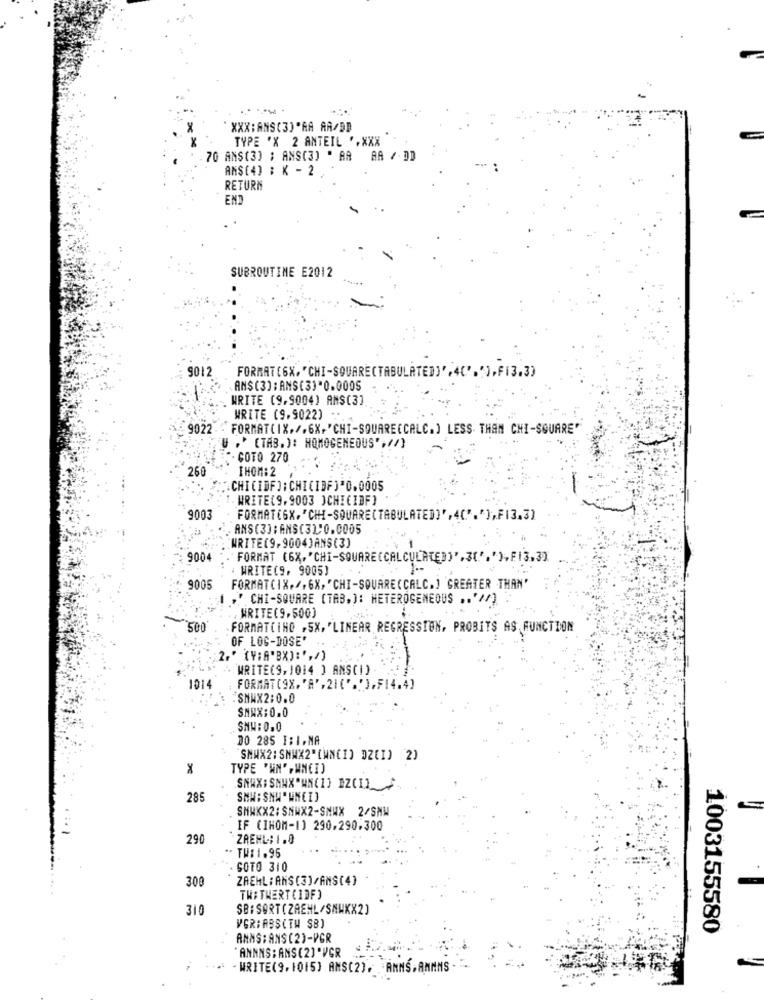
XXX:ANS(3)"AA AA/DD
TYPE "X 2 ANTEIL ".XXX
70 ANS(3) ; ANS(3) " AA AA / DD
ANS[4] ; K - 2
RETURN
END
SUBROUTINE E2012
9012
FORMAT(6X, "CHI-SQUARE(TABULATED)',4C'.'),F13.3)
ANS(3);ANS(3)"0.0005
WRITE (9,9004) ANS(3]
WRITE (9,9022) -.
9022 FORMAT(IX./.6X, 'CHI-SQUARE(CALC.) LESS THAN CHI-SQUARE"
" ." (TAB.): HOMOGENEOUS' , 4/)
GOTO 270
260
IHOM: 2
CHICIDF]:CHICIDF)"0.0005
1. WRITE(9,9003 )CHICIDF]
9003
FORMAT(GX. "CHI-SQUARE(TABULATED]', 4(".'),F13.3]
ANS(3]: ANS(31)0.0005
WRITE(9.9004)ANS(3)
9004
WRITE(9, 9005]
9005
FORMATCIX./, 6X, "CHI-SQUARE(CALC.] GREATER THAN'
." CHI-SQUARE (TAB. ]: HETEROGENEOUS .. '1)
. WRITE(9,500)
500
FORMATCINO ,SX, 'LINEAR REGRESSION, PROBITS AS, FUNCTION
OF LOG-DOSE'
2." (V;A"BX):' ,/)
" WRITE(9,1014 ] ANS(I)
1014
FORMAT(9X. 'A' , 21(' . '],F14.4]
.SNWX2:0.0
SNWX:0.0
SNW:0.0
DO 285 I:I.NA
SNWX2: SMWX2"(WN(1) DZEI) 2)
TYPE "WN"" WNCI)
SMAX:SMAX WK(1) EZ(I)
285
SMW: SNA" WNEI]
SMXXX2: SNWX2-SNWX 2/SNW
IF (IHOM-1) 290.290.300
290
ZAEHL: 1.0
.- TW$ 1.95
SOTO 310
300
ZAEHL:ANS(3)/ANS(4)
THE THERT CIDF)
310
VGRIABS(TH SB)
1003155580
ANMS: ANS (2)-PGR
ANNNS : ANS(2] "VGR
" . WRITE(9,1015) ANS(2). ANNS.ANMNS -